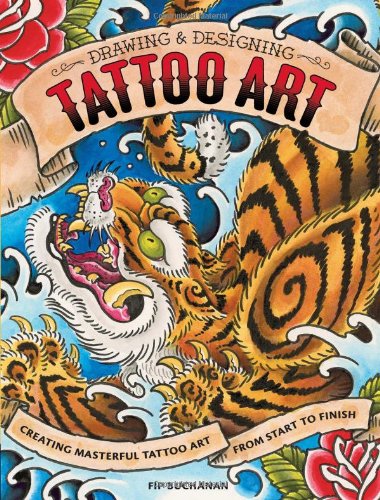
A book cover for Drawing & Designing Tattoo Art: Creating Masterful Tattoo Art from Start to Finish; Fip Buchanan; Arts & Photography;